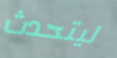
ليتحدث